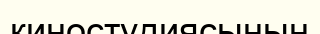
киностудиясының